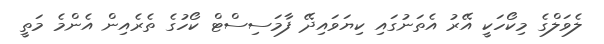
ލެވަލްގެ މިކޯހަކީ އޭރު އެތަނުގައި ކިޔަވައިދޭ ފާމަސިސްޓް ކޯހުގެ ތެރެއިން އެންމެ މަތީ